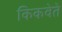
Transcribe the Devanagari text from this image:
किकवेते